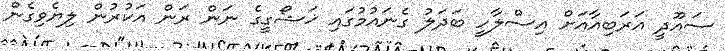
ސައޫދީ އަރަބިއާއަށް އިސްލާހީ ބަދަލު ގެނައުމުގައި ޚަޝޯގީގެ ނަން ރަން އަކުރުން ލިޔެވިގެން